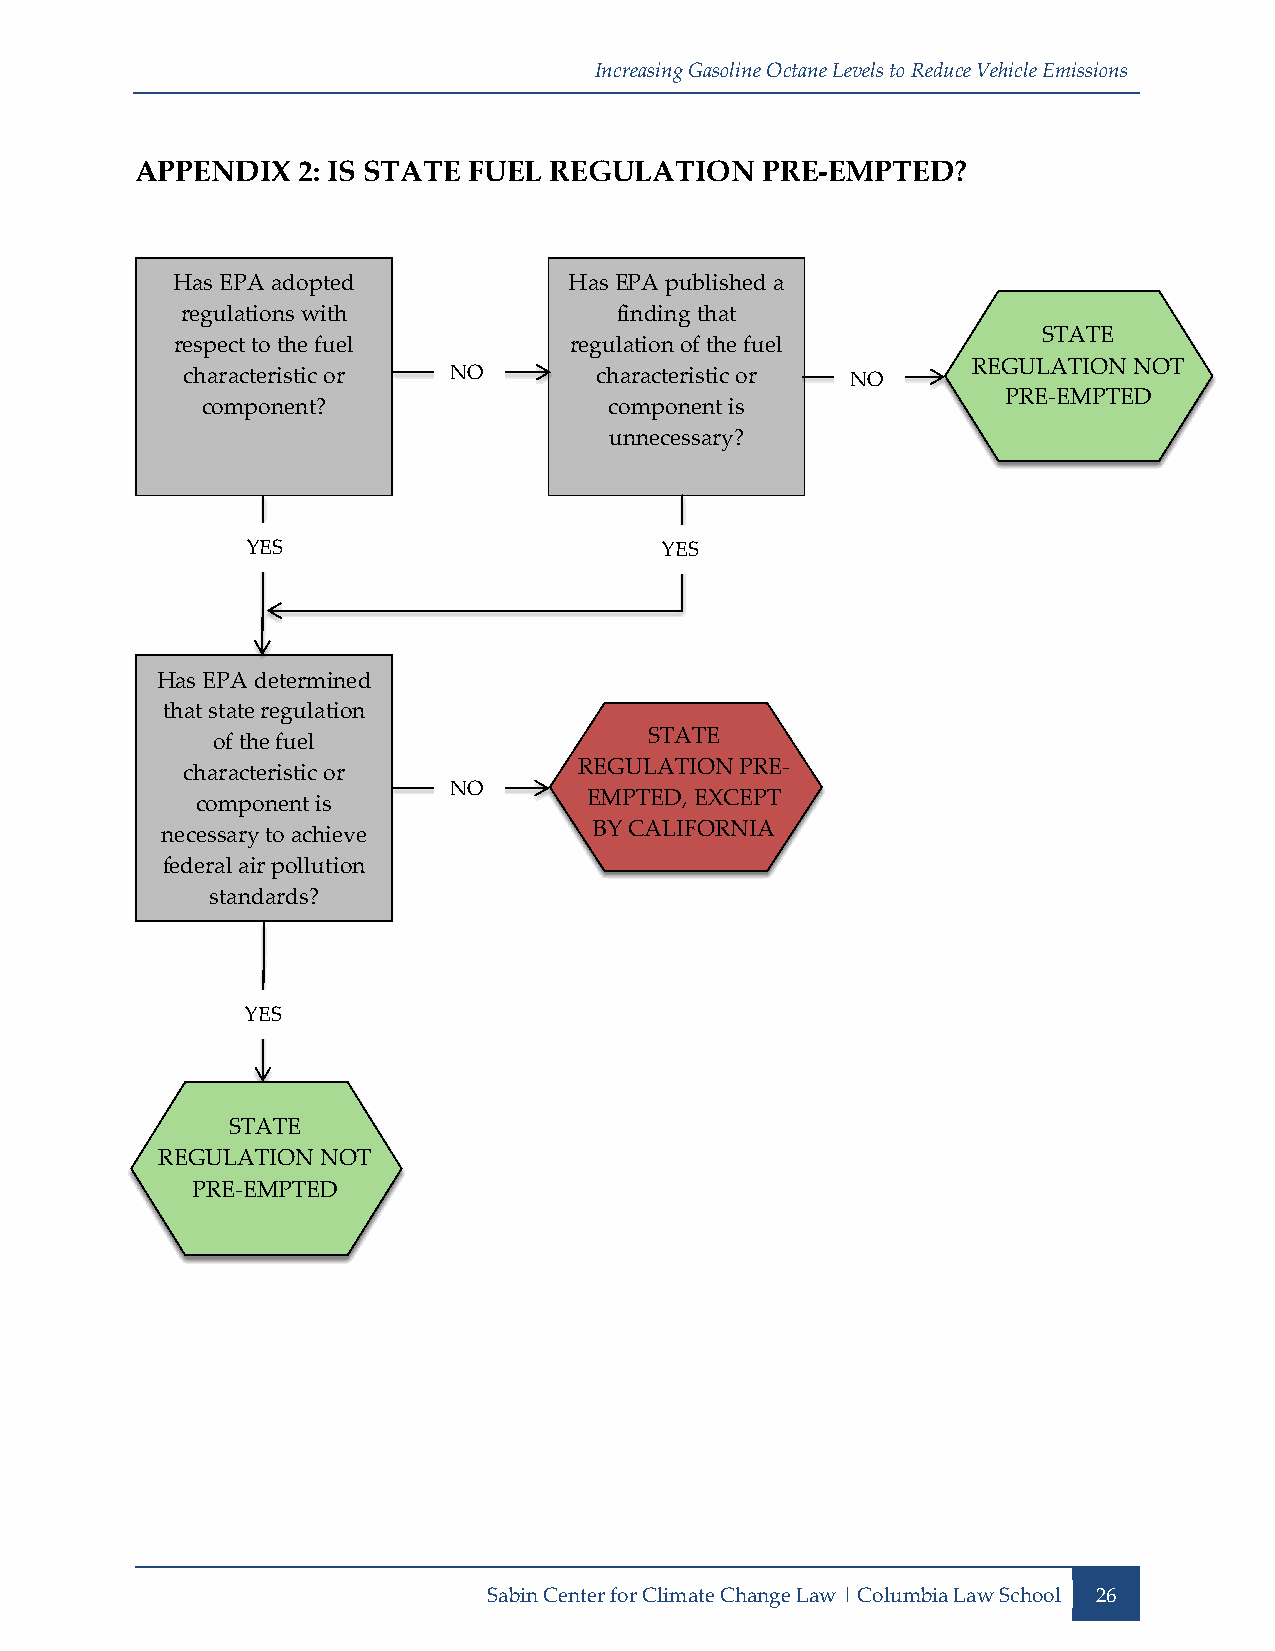
Increasing Gasoline Octane Levels to Reduce Vehicle Emissions
 APPENDIX   2: IS STATE FUEL REGULATION   PRE-EMPTED?
 Has EPA adopted            Has EPA published a
 regulations with             finding that
 STATE
 respect to the fuel       regulation of the fuel
 REGULATION NOT
 characteristic or NO       characteristic or NO
 PRE-EMPTED
 component?                 component is
 unnecessary?
 YES                         YES
 Has EPA determined
 that state regulation
 of the fuel
 STATE
 REGULATION PRE-
 characteristic or
 NO
 EMPTED, EXCEPT
 component is
 necessary to achieve        BY CALIFORNIA
 federal air pollution
 standards?
 YES
 STATE
 REGULATION NOT
 PRE-EMPTED
 Sabin Center for Climate Change Law | Columbia Law School 26